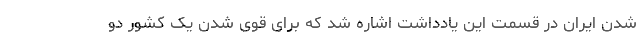
شدن ایران در قسمت این یادداشت اشاره شد که برای قوی شدن یک کشور دو